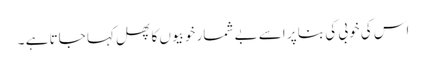
اس کی خوبی کی بنا پر اسے بے شمار خوبیوں کا پھل کہا جاتا ہے ۔